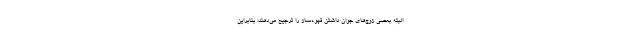
البته بعضی زوج‌های جوان داشتن قهوه‌ساز را ترجیح می‌دهند؛ بنابراین